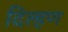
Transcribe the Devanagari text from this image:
दिल्हण